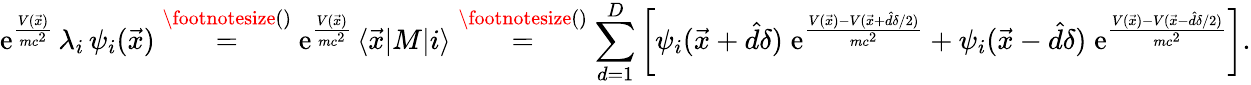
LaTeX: \mathrm e^{\frac{V(\vec{x})}{mc^{2}}}\, \lambda_{i}\, \psi_{i}(\vec{x})\overset{\footnotesize()}{=}\mathrm e^{\frac{V(\vec{x})}{mc^{2}}}\, \langle\vec{x}|M|i\rangle\overset{\footnotesize()}{=}\sum_{d=1}^{D}\left[\psi_{i}(\vec{x}+\hat{d}\delta)\; \mathrm e^{\frac{V(\vec{x})-V(\vec{x}+\hat{d}\delta/2)}{mc^{2}}}+\psi_{i}(\vec{x}-\hat{d}\delta)\; \mathrm e^{\frac{V(\vec{x})-V(\vec{x}-\hat{d}\delta/2)}{mc^{2}}}\right].